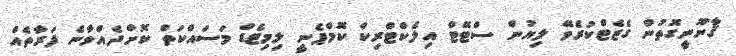
ޤާނޫނީގޮތުން ގެޒެޓްކުރެވޭ ލިޔުން ސްޓޭޓް އިލެކްޓްރިކް ކޮމްޕެނީ ލިމިޓެޑް މަސައްކަތް ކޮށްދެއްވާނެ ފަރާތެއް